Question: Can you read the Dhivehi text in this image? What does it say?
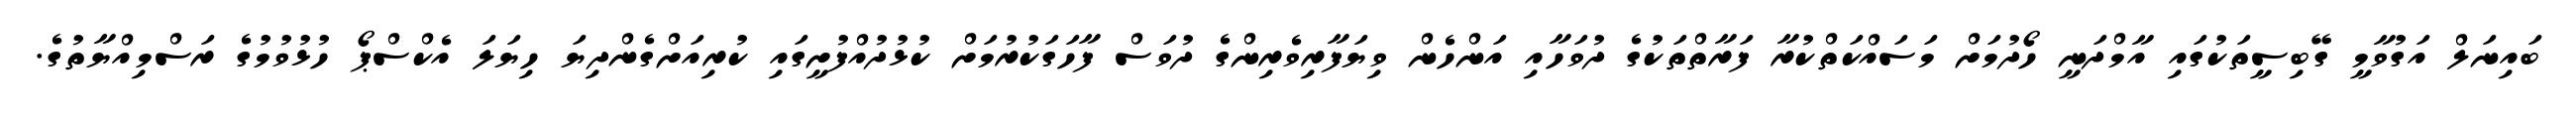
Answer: ބައިނަލް އަގުވާމީ ގޭބިސީތަކުގައި އާމްދަނީ ހޯދުމަށް މަސައްކަތްކުރާ ފަރާތްތަކުގެ ދުވަހާއި އަންހެން ވިޔަފާރިވެރިންގެ ދުވަސް ފާހަގަކުރުމަށް ކުޅުދުއްފުށީގައި ކުރިއަށްގެންދިޔަ ހިޔަލަ އެކްސްޕޯ ހުޅުވުމުގެ ރަސްމިއްޔާތުގެ.